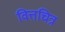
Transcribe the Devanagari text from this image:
वित्तचित्र